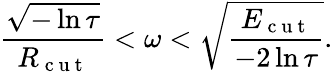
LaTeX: \frac{\sqrt{-\ln{\tau}}}{R_{\mathrm{~c~u~t~}}}<\omega<\sqrt{\frac{E_{\mathrm{~c~u~t~}}}{-2\ln{\tau}}}.